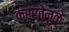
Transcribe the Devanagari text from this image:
क्रूरतेमुळे